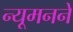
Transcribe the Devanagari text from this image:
न्यूमनने